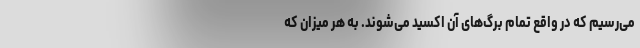
می‌رسیم که در واقع تمام برگ‌های آن اکسید می‌شوند. به هر میزان که